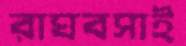
রাঘবসাই